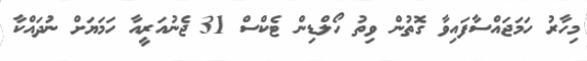
މިހާރު ހަމަޖައްސާފައިވާ ގޮތުން ވިތު ހޯލްޑިން ޓެކްސް 31 ޖެނުއަރީއާ ހަމަޔަށް ނުދައްކާ